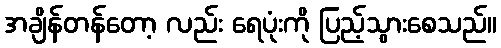
အချိန်တန်တော့ လည်း ရေပုံးကို ပြည့်သွားစေသည်။